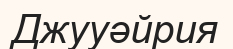
Джууәйрия